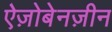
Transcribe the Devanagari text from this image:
ऐज़ोबेनज़ीन